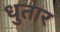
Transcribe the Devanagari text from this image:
धुतार